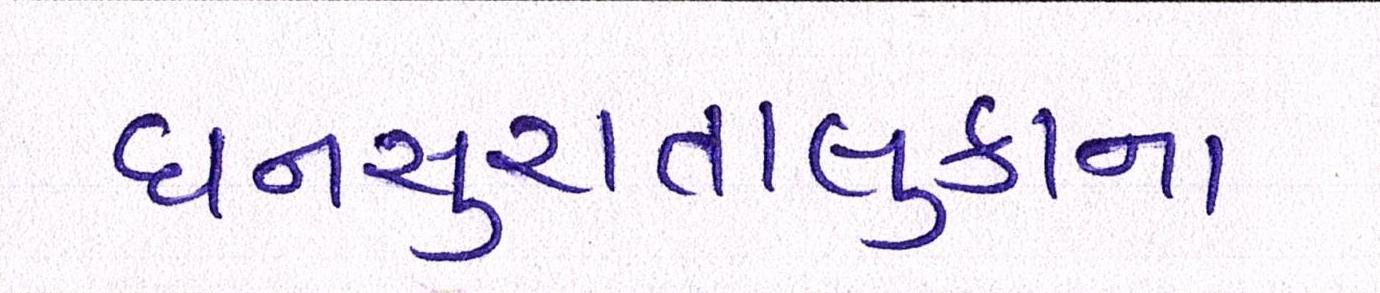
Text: ધનસુરાતાલુકાના